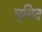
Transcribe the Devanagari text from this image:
बुयिद